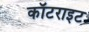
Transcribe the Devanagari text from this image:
कॉटराइट